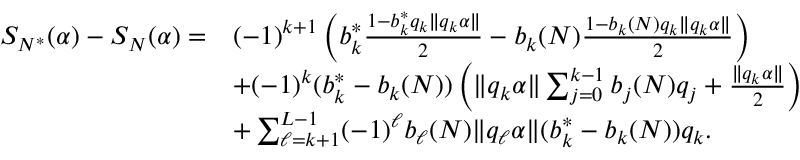
\begin{array} { r l } { S _ { N ^ { * } } ( \alpha ) - S _ { N } ( \alpha ) = } & { ( - 1 ) ^ { k + 1 } \left( b _ { k } ^ { * } \frac { 1 - b _ { k } ^ { * } q _ { k } \| q _ { k } \alpha \| } { 2 } - b _ { k } ( N ) \frac { 1 - b _ { k } ( N ) q _ { k } \| q _ { k } \alpha \| } { 2 } \right) } \\ & { + ( - 1 ) ^ { k } ( b _ { k } ^ { * } - b _ { k } ( N ) ) \left( \| q _ { k } \alpha \| \sum _ { j = 0 } ^ { k - 1 } b _ { j } ( N ) q _ { j } + \frac { \| q _ { k } \alpha \| } { 2 } \right) } \\ & { + \sum _ { \ell = k + 1 } ^ { L - 1 } ( - 1 ) ^ { \ell } b _ { \ell } ( N ) \| q _ { \ell } \alpha \| ( b _ { k } ^ { * } - b _ { k } ( N ) ) q _ { k } . } \end{array}